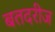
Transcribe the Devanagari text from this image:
बतदरीज